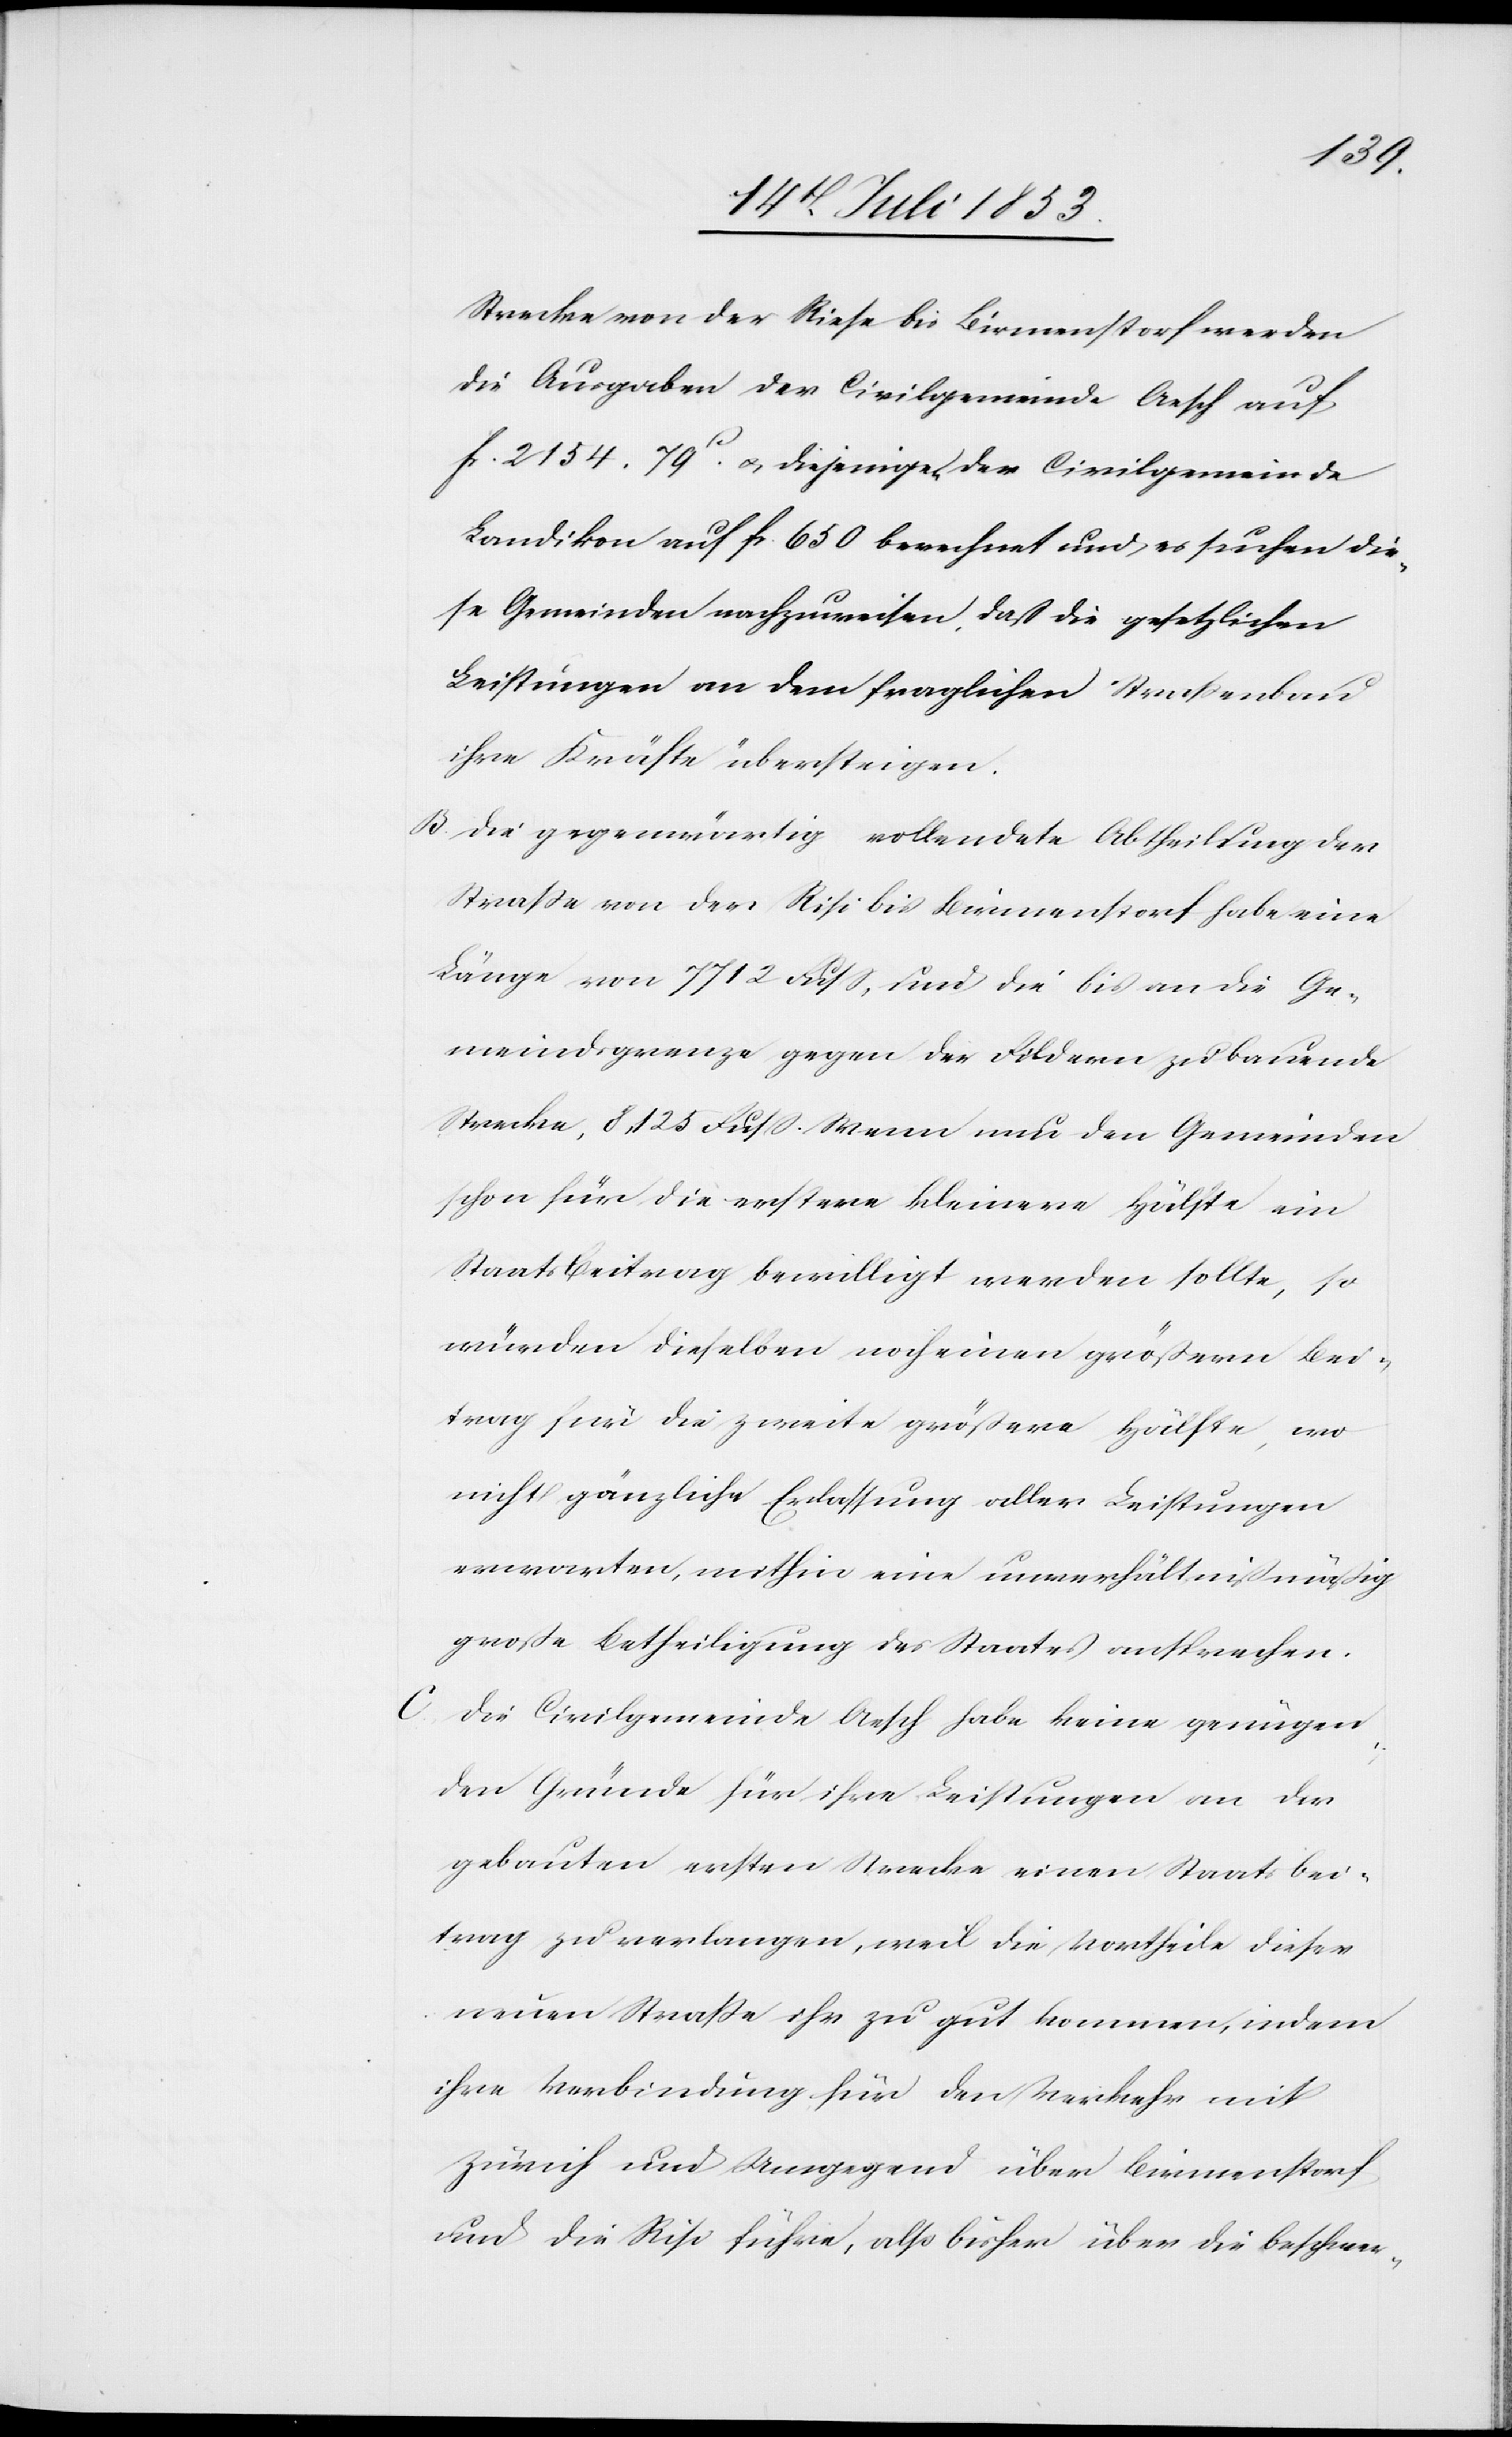
Strecke von der Risi bis Birmenstorf werden
die Ausgaben der Civilgemeinde Aesch auf
fr. 2154.79c u. diejenigen der Civilgemeinde
Landikon auf fr. 650 berechnet und es suchen die¬
se Gemeinden nachzuweisen, daß die gesetzlichen
Leistungen an den fraglichen Straßenbau
ihre Kräfte übersteigen.
B Die gegenwärtig vollendete Abtheilung der
Straße von der Risi bis Birmenstorf habe eine
Länge von 7712 Fuß, und die bis an die Ge¬
meindgrenze gegen die Fildern zu bauende
Strecke, 8125 Fuß. Wenn nun den Gemeinden
schon für die erstere kleinere Hälfte ein
Staatsbeitrag bewilligt werden sollte, so
würden dieselben noch einen größern Bei¬
trag für die zweite größere Hälfte, wo
nicht gänzliche Erlassung aller Leistungen
erwarten, mithin eine unverhältnißmäßig
große Betheiligung des Staates ansprechen.
C. Die Civilgemeinde Aesch habe keine genügen¬
den Gründe für ihre Leistungen an der
gebauten ersten Strecke einen Staatsbei¬
trag zu verlangen, weil die Vortheile dieser
neuen Straße ihr zu gut kommen, indem
ihre Verbindung für den Verkehr mit
Zürich und Umgegend über Birmenstorf
und die Risi führe, also bisher über die beschwer-